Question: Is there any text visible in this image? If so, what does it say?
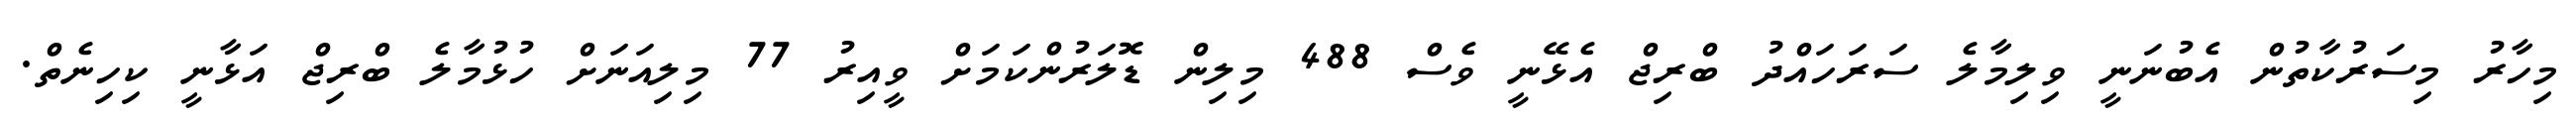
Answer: މިހާރު މިސަރުކާތުން އެބުނަނީ ވިލިމާލެ ސަރަހައްދު ބްރިޖް އެޅޭނީ ވެސް 488 މިލިން ޑޮލަރުންކަމަށް ވީއިރު 77 މިލިއަނަށް ހުޅުމާލެ ބްރިޖް އަޅާނީ ކިހިނެތް.